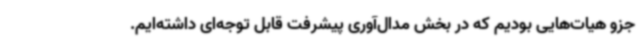
جزو هیات‌هایی بودیم که در بخش مدال‌آوری پیشرفت قابل توجه‌ای داشته‌ایم.